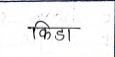
मजकूर: किडा